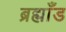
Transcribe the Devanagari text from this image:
ब्रह्माँड